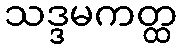
သဒ္ဒမကတ္ထ